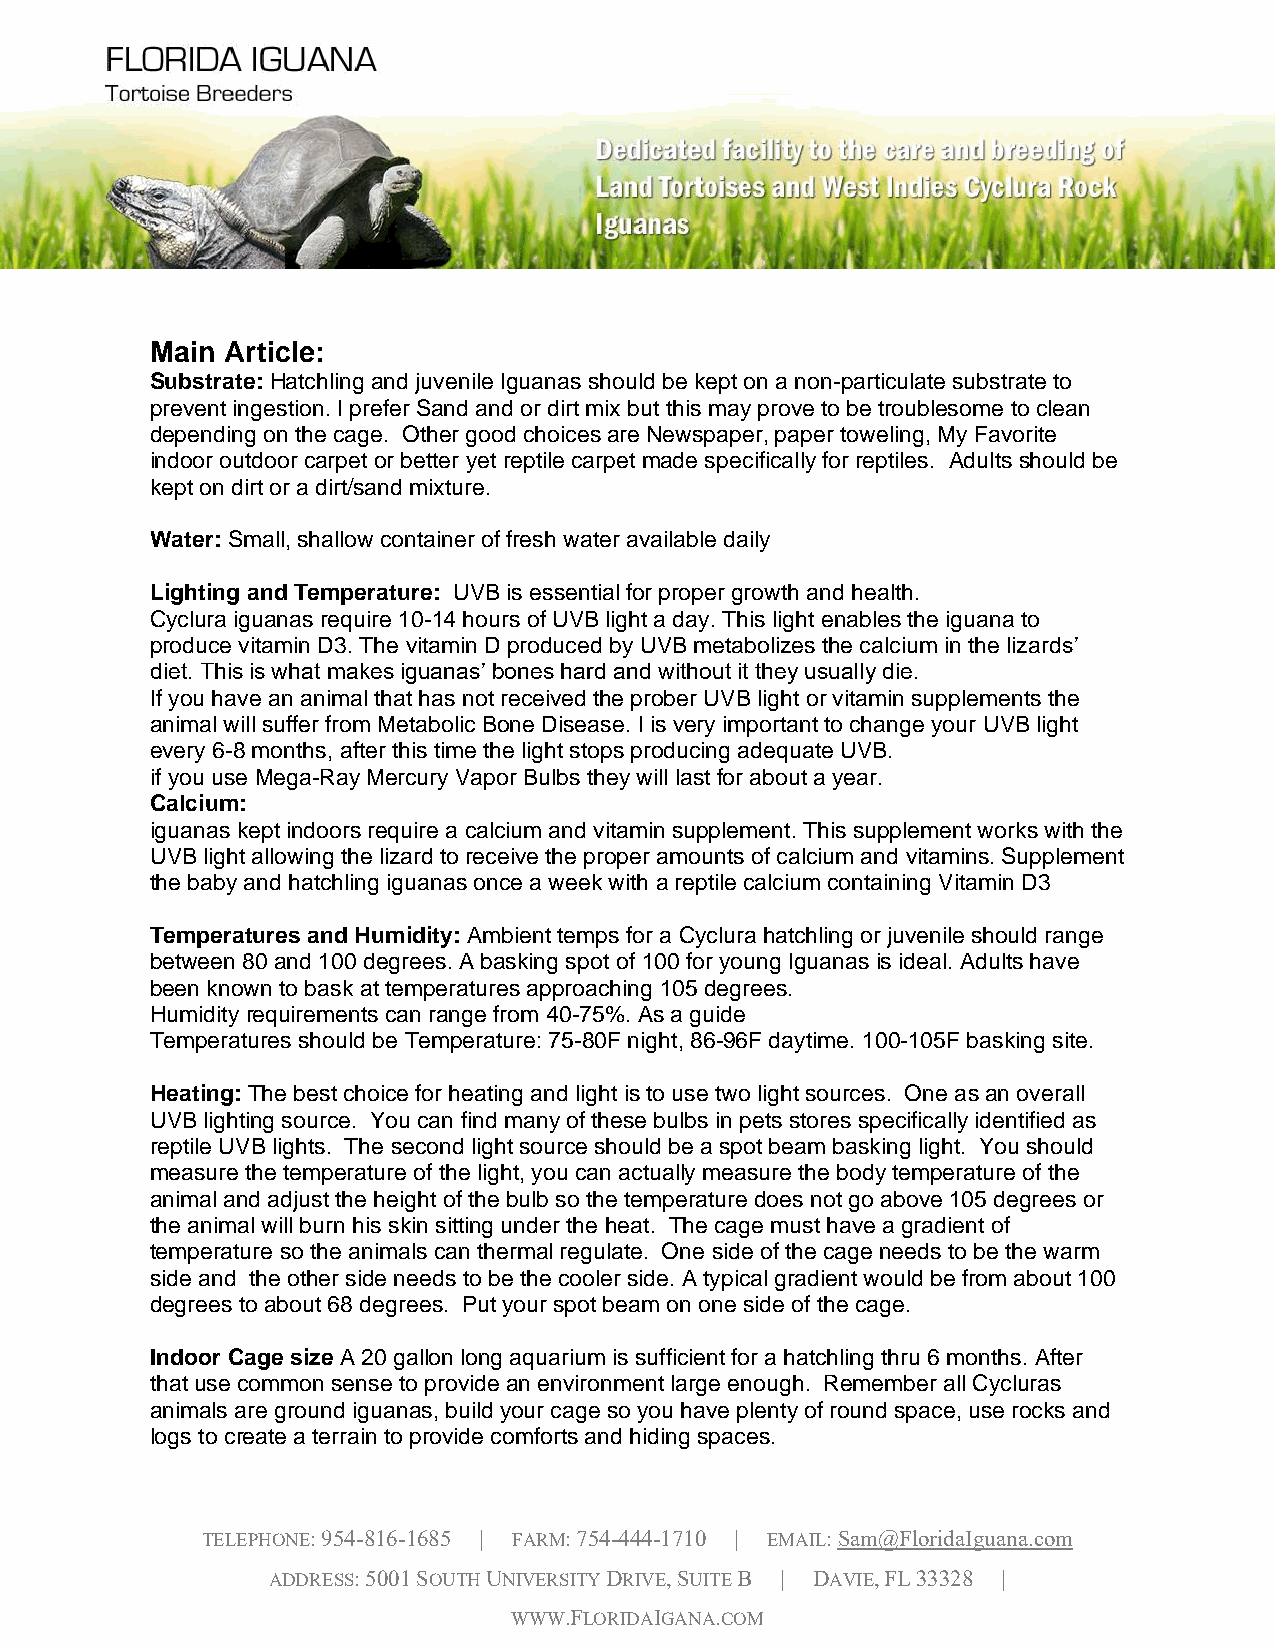
Main Article:
 Substrate: Hatchling and juvenile Iguanas should be kept on a non-particulate substrate to
 prevent ingestion. I prefer Sand and or dirt mix but this may prove to be troublesome to clean
 depending on the cage. Other good choices are Newspaper, paper toweling, My Favorite
 indoor outdoor carpet or better yet reptile carpet made specifically for reptiles. Adults should be
 kept on dirt or a dirt/sand mixture.
 Water: Small, shallow container of fresh water available daily
 Lighting and Temperature: UVB is essential for proper growth and health.
 Cyclura iguanas require 10-14 hours of UVB light a day. This light enables the iguana to
 produce vitamin D3. The vitamin D produced by UVB metabolizes the calcium in the lizards’
 diet. This is what makes iguanas’ bones hard and without it they usually die.
 If you have an animal that has not received the prober UVB light or vitamin supplements the
 animal will suffer from Metabolic Bone Disease. I is very important to change your UVB light
 every 6-8 months, after this time the light stops producing adequate UVB.
 if you use Mega-Ray Mercury Vapor Bulbs they will last for about a year.
 Calcium:
 iguanas kept indoors require a calcium and vitamin supplement. This supplement works with the
 UVB light allowing the lizard to receive the proper amounts of calcium and vitamins. Supplement
 the baby and hatchling iguanas once a week with a reptile calcium containing Vitamin D3
 Temperatures and Humidity: Ambient temps for a Cyclura hatchling or juvenile should range
 between 80 and 100 degrees. A basking spot of 100 for young Iguanas is ideal. Adults have
 been known to bask at temperatures approaching 105 degrees.
 Humidity requirements can range from 40-75%. As a guide
 Temperatures should be Temperature: 75-80F night, 86-96F daytime. 100-105F basking site.
 Heating: The best choice for heating and light is to use two light sources. One as an overall
 UVB lighting source. You can find many of these bulbs in pets stores specifically identified as
 reptile UVB lights. The second light source should be a spot beam basking light. You should
 measure the temperature of the light, you can actually measure the body temperature of the
 animal and adjust the height of the bulb so the temperature does not go above 105 degrees or
 the animal will burn his skin sitting under the heat. The cage must have a gradient of
 temperature so the animals can thermal regulate. One side of the cage needs to be the warm
 side and the other side needs to be the cooler side. A typical gradient would be from about 100
 degrees to about 68 degrees. Put your spot beam on one side of the cage.
 Indoor Cage size A 20 gallon long aquarium is sufficient for a hatchling thru 6 months. After
 that use common sense to provide an environment large enough. Remember all Cycluras
 animals are ground iguanas, build your cage so you have plenty of round space, use rocks and
 logs to create a terrain to provide comforts and hiding spaces.
 TELEPHONE: 954-816-1685 | FARM: 754-444-1710 | EMAIL: Sam@FloridaIguana.com
 ADDRESS: 5001 SOUTH UNIVERSITY DRIVE, SUITE B | DAVIE, FL 33328 |
 WWW.FLORIDAIGANA.COM